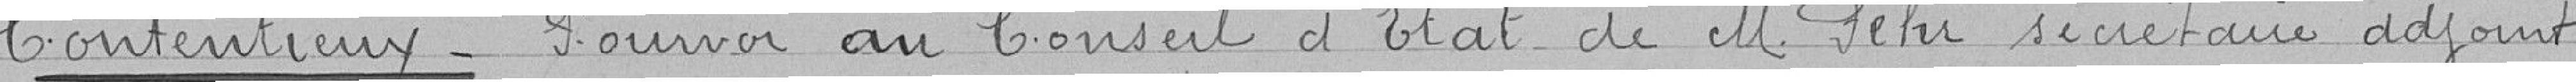
Contentieux - Pourvoi au Conseil d'Etat de M. Fehu secrétaire adjoint